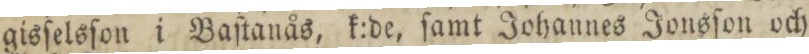
gisſelsſon i Baſtanås, k:de, ſamt Johannes Jonsſon och